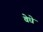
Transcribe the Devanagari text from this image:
वेधे